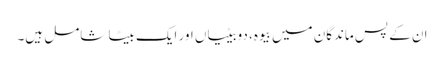
ان کے پس ماندگان میں بیوہ، دوبیٹیاں اور ایک بیٹا شامل ہیں۔